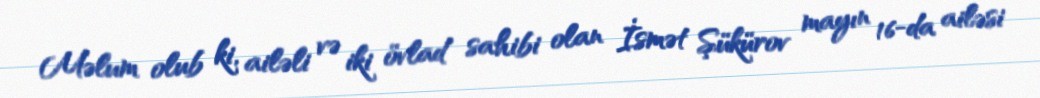
Məlum olub ki, ailəli və iki övlad sahibi olan İsmət Şükürov mayın 16-da ailəsi